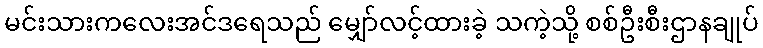
မင်းသားကလေးအင်ဒရေသည် မျှော်လင့်ထားခဲ့ သကဲ့သို့ စစ်ဦးစီးဌာနချုပ်